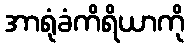
အာရုံခံကိရိယာကို